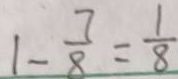
1 - \frac { 7 } { 8 } = \frac { 1 } { 8 }